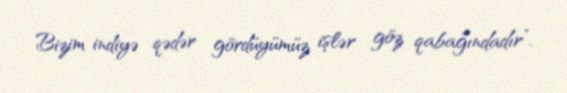
Bizim indiyə qədər gördüyümüz işlər göz qabağındadır”.